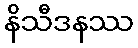
နိသီဒနဿ